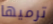
ترميها